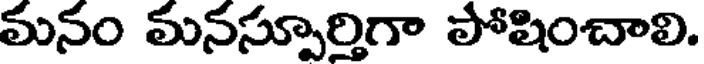
మనం మనస్పూర్తిగా పోషించాలి.